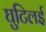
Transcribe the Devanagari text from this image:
घुटिलई